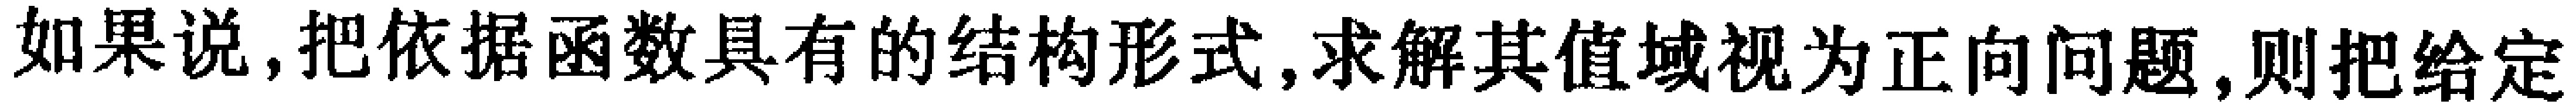
如果说,把依据函数具有的结构形式,求解其值域视为正向问题,则把给定